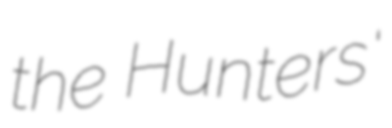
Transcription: the Hunters'